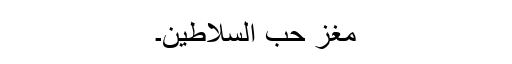
مغز حب السلاطین۔